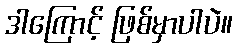
ဒါကြောင့် ဖြစ်မှာပါပဲ။